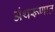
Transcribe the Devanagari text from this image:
अंथरूणात